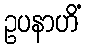
ဥပနာဟိံ